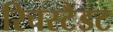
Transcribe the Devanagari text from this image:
रिचस्टैडट